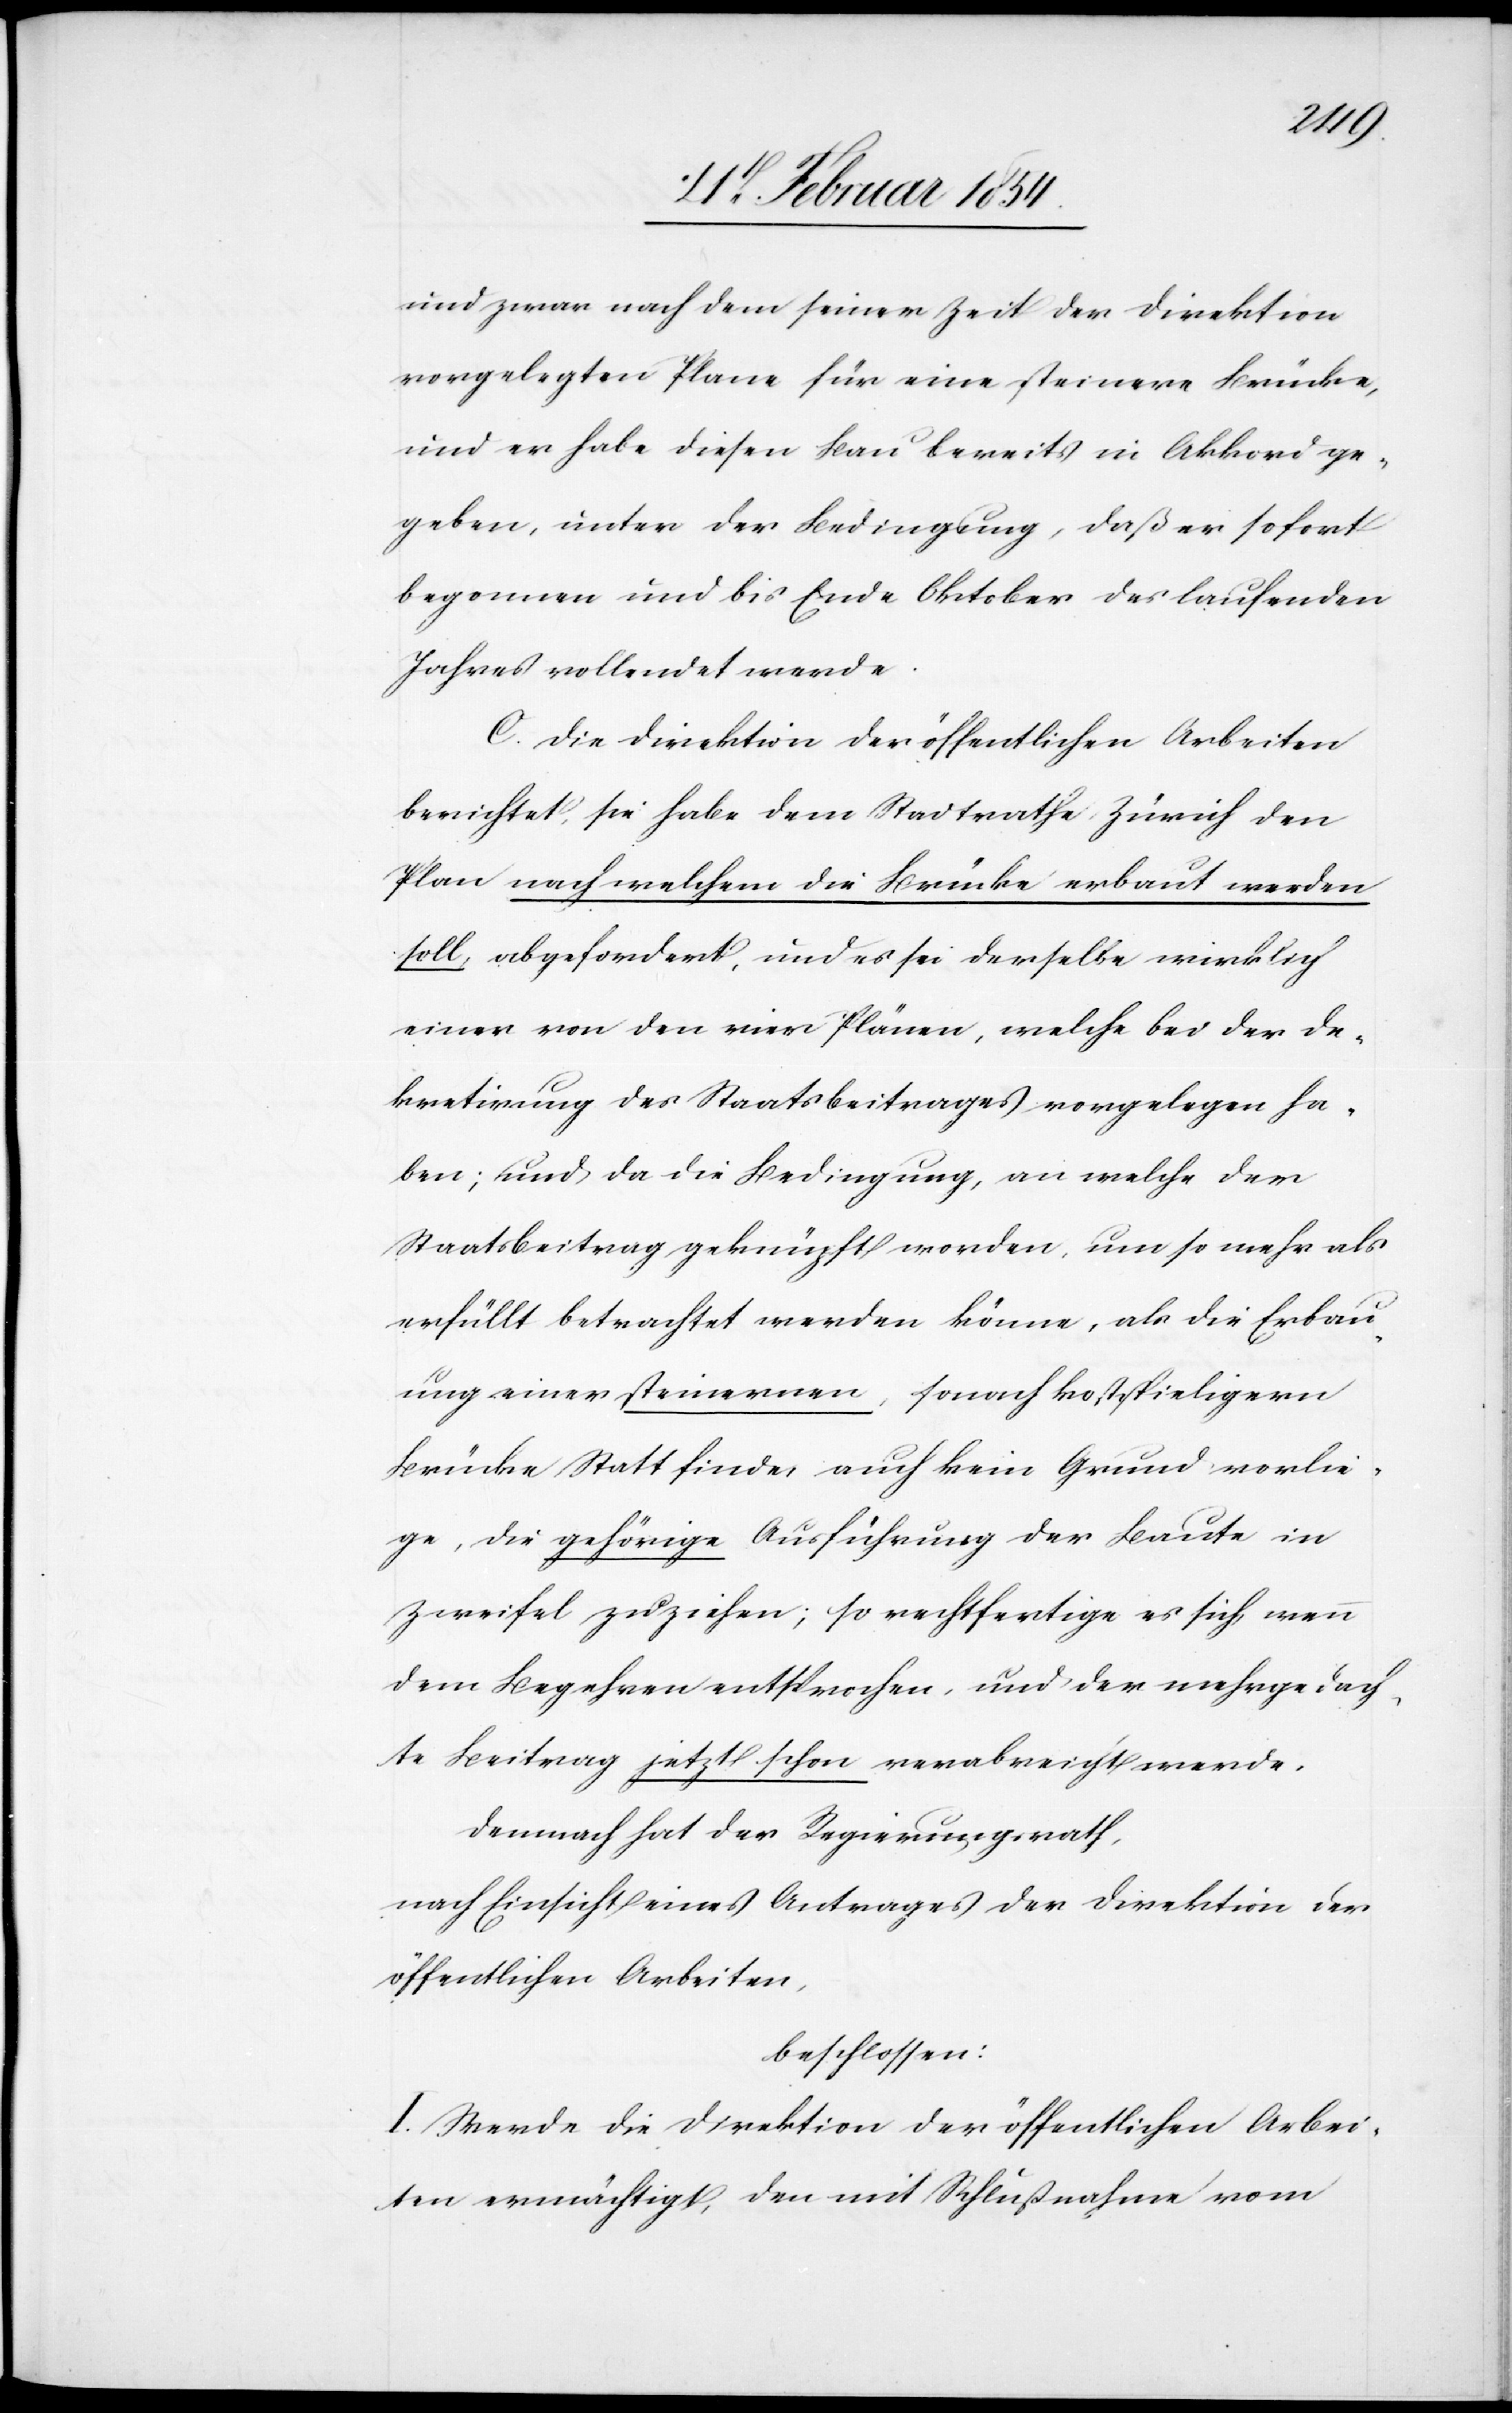
und zwar nach dem seiner Zeit der Direktion
vorgelegten Plane für eine steinere Brücke,
und er habe diesen Bau bereits in Akkord ge¬
geben, unter der Bedingung, daß er sofort
begonnen und bis Ende Oktober des laufenden
Jahres vollendet werde.
C. Die Direktion der öffentlichen Arbeiten
berichtet, sie habe dem Stadtrathe Zürich den
Plan nach welchem die Brücke erbaut werden
soll, abgefordert, und es sei derselbe wirklich
einer von den vier Plänen, welche bei der De¬
kretirung des Staatsbeitrages vorgelegen ha¬
ben; und da die Bedingung, an welche der
Staatsbeitrag geknüpft worden, um so mehr als
erfüllt betrachtet werden könne, als die Erbau¬
ung einer steinernen, sowohl kostspieligern
Brücke Statt finde, auch kein Grund vorlie¬
ge, die gehörige Ausführung der Baute in
Zweifel zuziehen; so rechtfertige es sich, wenn
dem Begehren entsprochen, und der mehrgedach¬
te Beitrag jetzt schon verabreicht werde.
Demnach hat der Regierungsrath,
nach Einsicht eines Antrages der Direktion der
öffentlichen Arbeiten,
beschlossen:
I. Werde die Direktion der öffentlichen Arbei¬
ten ermächtigt, den mit Schlußnahme vom